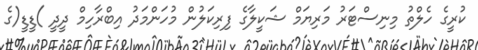
ކުރީގެ ހެލްތު މިނިސްޓަރު މަރިޔަމް ޝަކީލާގެ ފިރިކަލުން މުހަންމަދު އިބްރާހިމް ދީދީ )ޑީޑީ(ގެ